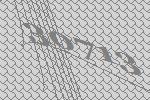
30713